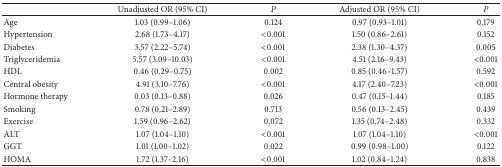
<table><thead><tr><td><b> </b></td><td><b>Unadjusted OR (95% CI)</b></td><td><b><i>P </i></b></td><td><b>Adjusted OR (95% CI)</b></td><td><b><i>P </i></b></td></tr></thead><tbody><tr><td>Age</td><td>1.03 (0.99–1.06)</td><td>0.124</td><td>0.97 (0.93–1.01)</td><td>0.179</td></tr><tr><td>Hypertension</td><td>2.68 (1.73–4.17)</td><td>&lt;0.001</td><td>1.50 (0.86–2.61)</td><td>0.152</td></tr><tr><td>Diabetes</td><td>3.57 (2.22–5.74)</td><td>&lt;0.001</td><td>2.38 (1.30–4.37)</td><td>0.005</td></tr><tr><td>Triglyceridemia</td><td>5.57 (3.09–10.03)</td><td>&lt;0.001</td><td>4.51 (2.16–9.43)</td><td>&lt;0.001</td></tr><tr><td>HDL</td><td>0.46 (0.29–0.75)</td><td>0.002</td><td>0.85 (0.46–1.57)</td><td>0.592</td></tr><tr><td>Central obesity</td><td>4.91 (3.10–7.76)</td><td>&lt;0.001</td><td>4.17 (2.40–7.23)</td><td>&lt;0.001</td></tr><tr><td>Hormone therapy</td><td>0.03 (0.13–0.88)</td><td>0.026</td><td>0.47 (0.15–1.44)</td><td>0.185</td></tr><tr><td>Smoking</td><td>0.78 (0.21–2.89)</td><td>0.713</td><td>0.56 (0.13–2.45)</td><td>0.439</td></tr><tr><td>Exercise</td><td>1.59 (0.96–2.62)</td><td>0.072</td><td>1.35 (0.74–2.48)</td><td>0.332</td></tr><tr><td>ALT</td><td>1.07 (1.04–1.10)</td><td>&lt;0.001</td><td>1.07 (1.04–1.10)</td><td>&lt;0.001</td></tr><tr><td>GGT</td><td>1.01 (1.00–1.02)</td><td>0.022</td><td>0.99 (0.98–1.00)</td><td>0.122</td></tr><tr><td>HOMA</td><td>1.72 (1.37–2.16)</td><td>&lt;0.001</td><td>1.02 (0.84–1.24)</td><td>0.838</td></tr></tbody></table>